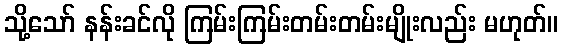
သို့သော် နန်းခင်လို ကြမ်းကြမ်းတမ်းတမ်းမျိုးလည်း မဟုတ်။